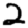
Digit: 2